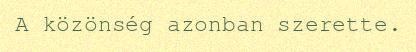
A közönség azonban szerette.